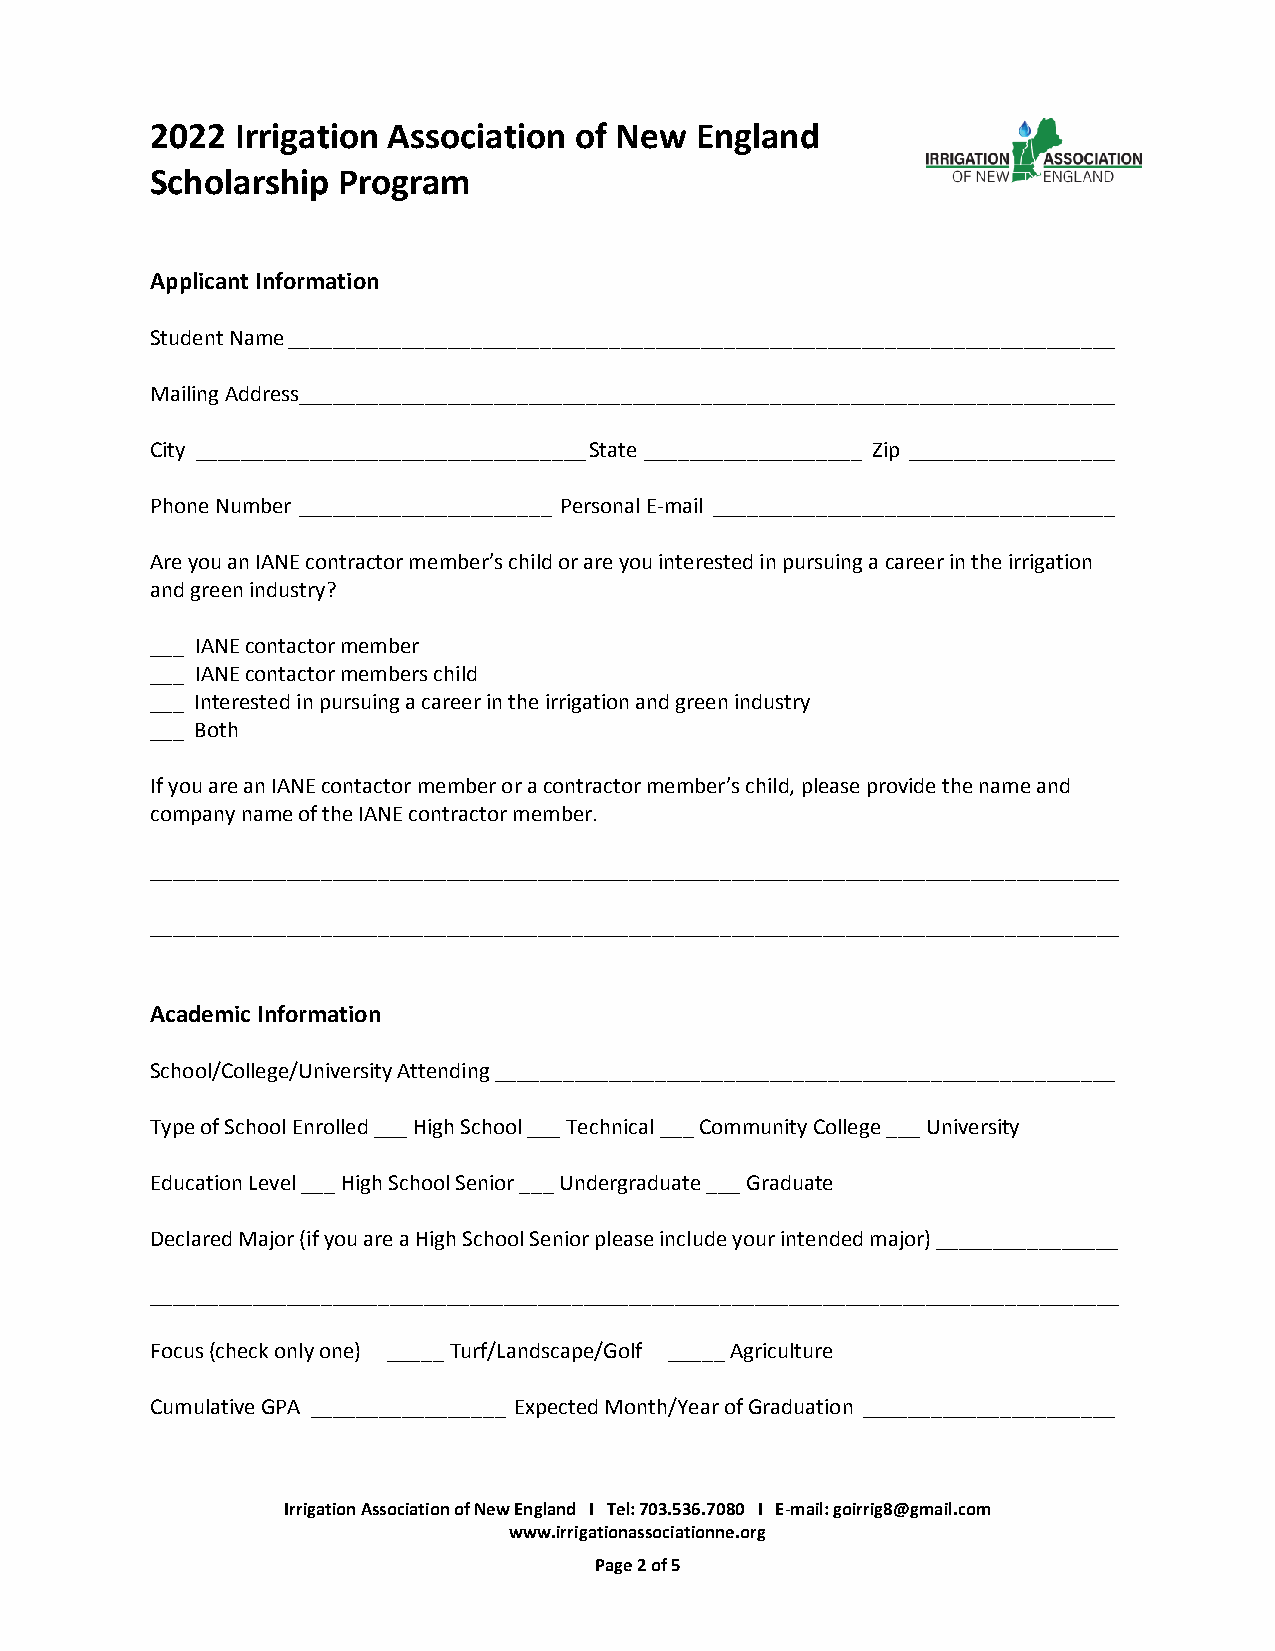
2022  Irrigation Association of New England
 Scholarship Program
 Applicant Information
 Student Name ________________________________________________________________________
 Mailing Address_______________________________________________________________________
 City __________________________________ State ___________________ Zip __________________
 Phone Number ______________________ Personal E-mail ___________________________________
 Are you an IANE contractor member’s child or are you interested in pursuing a career in the irrigation
 and green industry?
 ___ IANE contactor member
 ___ IANE contactor members child
 ___ Interested in pursuing a career in the irrigation and green industry
 ___ Both
 If you are an IANE contactor member or a contractor member’s child, please provide the name and
 company name of the IANE contractor member.
 _____________________________________________________________________________________
 _____________________________________________________________________________________
 Academic Information
 School/College/University Attending ______________________________________________________
 Type of School Enrolled ___ High School ___ Technical ___ Community College ___ University
 Education Level ___ High School Senior ___ Undergraduate ___ Graduate
 Declared Major (if you are a High School Senior please include your intended major) ________________
 _____________________________________________________________________________________
 Focus (check only one) _____ Turf/Landscape/Golf _____ Agriculture
 Cumulative GPA _________________ Expected Month/Year of Graduation ______________________
 Irrigation Association of New England I Tel: 703.536.7080 I E-mail: goirrig8@gmail.com
 www.irrigationassociationne.org
 Page 2 of 5